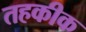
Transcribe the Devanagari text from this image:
तहकीक